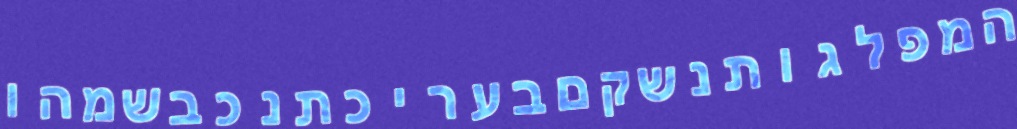
המפלגותנשקםבעריכתנכבשמהו